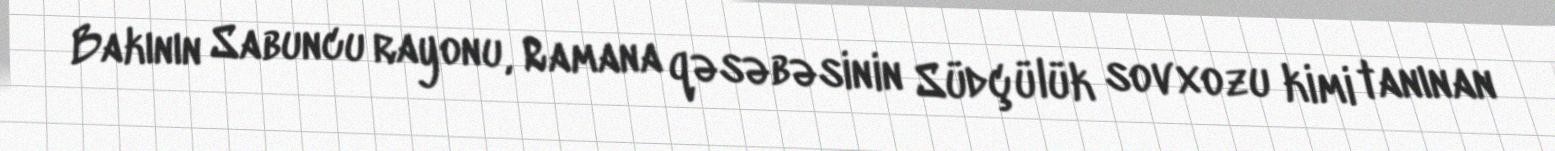
Bakının Sabuncu rayonu, Ramana qəsəbəsinin Südçülük sovxozu kimi tanınan